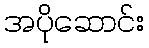
အပိုဆောင်း